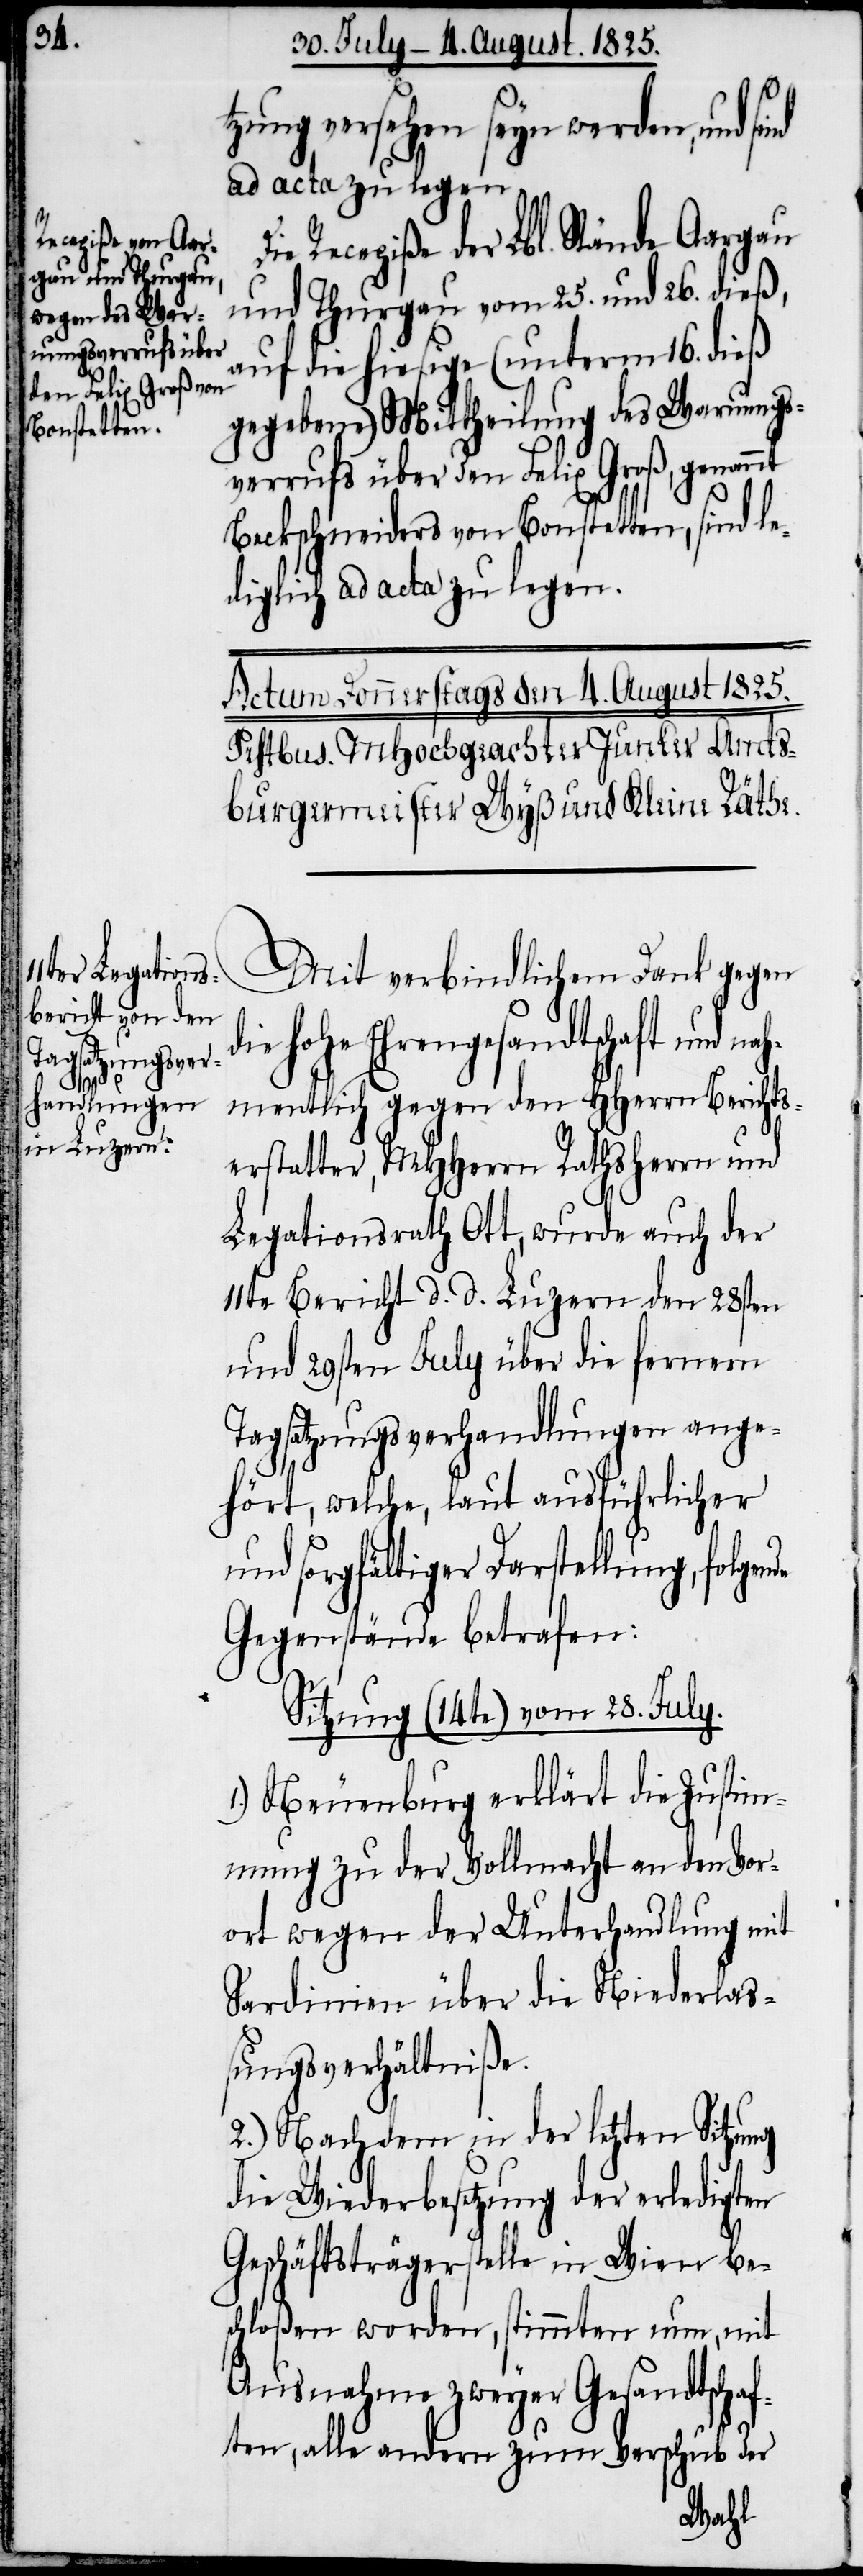
de

tzung versehen seyn werden, und
ad acta zu legen.
Recepiße der Lbl. Stände Aargau
und Thurgau vom 25. und 26. dieß,
auf die hiesige (unterm 16. dieß
gegebene) Mittheilung des Warnungs¬
verrufs über den Felix Groß, genan¬
Beckschneiders von Bonstetten, sind le¬
diglich ad acta zu legen.
Mit verbindlichem Dank gegen
hohe Ehrengesandtschaft und
mentlich gegen den HHerrn Berichts¬
erstatter, MHHerrn Rathsherrn und
Legationsrath Ott, wurde auch der
11te Bericht d. d. Luzern den 28sten
und 29sten July über die fernern
Tagsatzungsverhandlungen ange¬
hört, welche, laut ausführlicher
und sorgfältiger Darstellung, folgen¬
Gegenstände betrafen:
Sitzung (14te) vom 28. July.
1.) Neuenburg erklärt die Zustim¬
mung zu der Vollmacht an den Vor¬
ort wegen der Unterhandlung mit
Sardinien über die Niederlas¬
sungsverhältniße.
2.) Nachdem in der letzten Sitzung
die Wiederbesetzung der erledigten
Geschäftsträgerstelle in Wien be¬
schloßen worden, stimmten nun, mit
Ausnahme zweyer Gesandtschaf¬
ten, alle andern zum Verschub der
nah¬